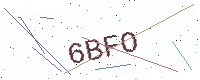
Text: 6BFO